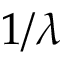
1 / \lambda